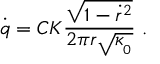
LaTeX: \dot { q } = { C } { \cal K } { \frac { \sqrt { 1 - \dot { r } ^ { 2 } } } { 2 \pi r \sqrt { \kappa _ { _ 0 } } } } \ .